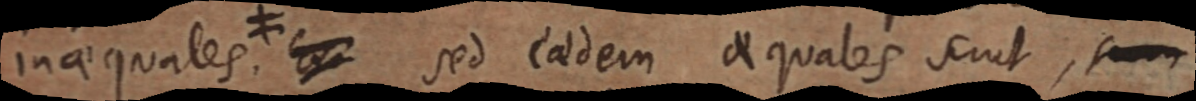
inaequales. ≠ Er sed eadem aequales sunt, sum